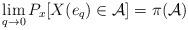
LaTeX: \begin{align*} \lim_{q\to 0}P_x[X(e_q)\in\cal {A}]=\pi({\cal A})\end{align*}